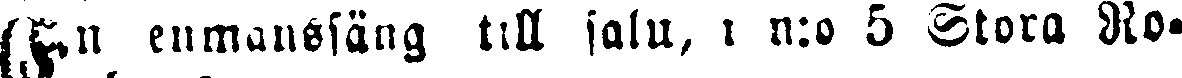
En enmanssäng till salu, i n:o 5 Stora Ro-